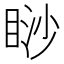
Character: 𥇇